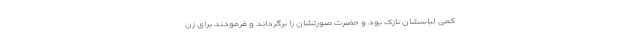
کمی لباسشان نازک بود و حضرت صورتشان را برگرداند و فرمودند برای زن